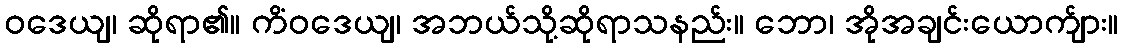
ဝဒေယျ၊ ဆိုရာ၏။ ကိံဝဒေယျ၊ အဘယ်သို့ဆိုရာသနည်း။ ဘော၊ အိုအချင်းယောက်ျား။